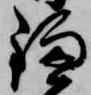
鎌